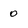
Character: 0